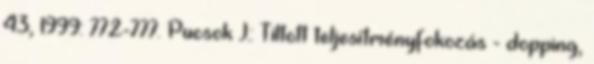
43, 1999: 772-777. Pucsok J.: Tiltott teljesítményfokozás - dopping,